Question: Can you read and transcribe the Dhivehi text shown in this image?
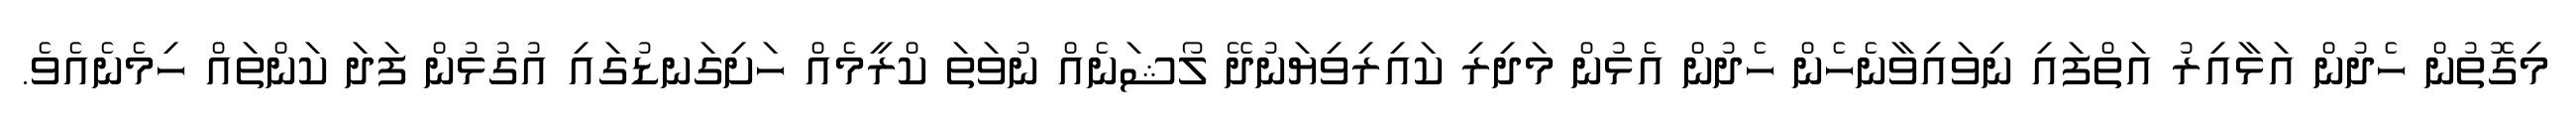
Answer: މިގޮތުން ހެދުން އަޅާއިރު އަތްފައި ނިވައިވާނެހެން ހެދުން އެޅުން މަދިރި ކައިރިވިޔަނުދޭ ލޯޝަނެއް ނުވަތަ ކްރީމެއް ހަށިގަނޑުގައި އުގުޅުން ފަދަ ކަންތައް ހިމެނެއެވެ.